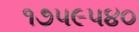
૧૭૫૯૫૪૦